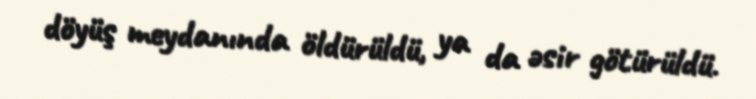
döyüş meydanında öldürüldü, ya da əsir götürüldü.